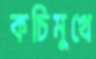
কচিমুখে